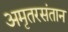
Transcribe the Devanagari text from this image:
अमृतरसंतान